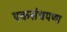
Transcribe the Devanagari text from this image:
एकसंधपणा